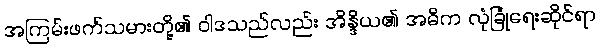
အကြမ်းဖက်သမားတို့၏ ဝါဒသည်လည်း အိန္ဒိယ၏ အဓိက လုံခြုံရေးဆိုင်ရာ